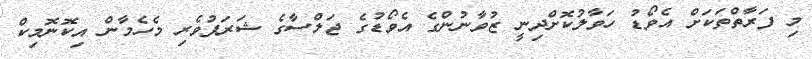
މި ފަރާތްތަކަށް އެވޯޑު ހަވާލުކޮށްދިނީ ޒުވާނުންގެ އެވޯޑުގެ ޖަލްސާގެ ޝަރަފުވެރި މެހެމާން އިކޮނޮމިކް